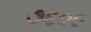
૭૬૦૯